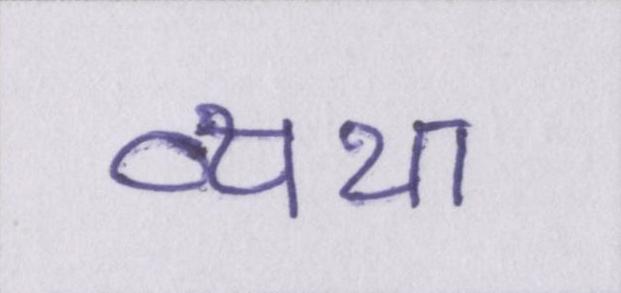
व्यथा